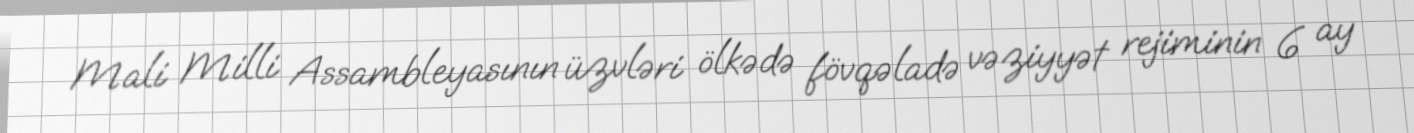
Mali Milli Assambleyasının üzvləri ölkədə fövqəladə vəziyyət rejiminin 6 ay